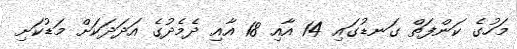
މަހުގެ ކަންފަތް ގަނޑުގައި 14 އާއި 18 އާއި ދެމެދުގެ އަދަދަކަށް މަޑުކަށި